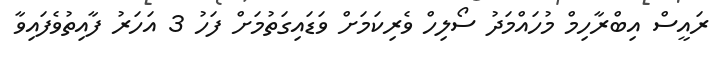
ރައީސް އިބްރާހިމް މުހައްމަދު ސޯލިހް ވެރިކަމަށް ވަޑައިގަތުމަށް ފަހު 3 އަހަރު ފާއިތުވެފައިވާ